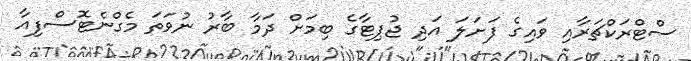
ސްޓްރަކްޗަރާއި ވައިގެ ފަށަލަ އަދި ޖުޕިޓާގެ ބިމަށް ދަމާ ބާރު ނުވަތަ މެގްނެޓޮސްފިއާ